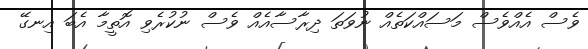
ވެސް އެއްވެސް މަސައްކަތެއް ނުވަތަ ދިރާސާއެއް ވެސް ނުކުރެވި އޮތީމާ އެބަ އިނގޭ